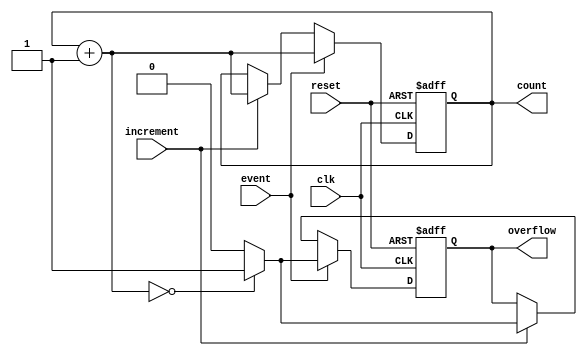
module EventCounter #(parameter WIDTH = 8) (
    input wire clk,                // Clock signal
    input wire reset,              // Asynchronous reset signal
    input wire increment,          // Increment signal
    input wire event,              // Event signal to increment the counter
    output reg [WIDTH-1:0] count,  // Current count value
    output reg overflow            // Overflow flag
);

    // Internal signals
    reg [WIDTH-1:0] next_count;

    // Asynchronous reset and counter logic
    always @(posedge clk or posedge reset) begin
        if (reset) begin
            count <= 0;
            overflow <= 0;
        end else begin
            if (increment) begin
                // Increment the count if the increment signal is high
                next_count = count + 1;
                
                // Check for overflow
                if (next_count == 0) begin
                    overflow <= 1; // Set overflow flag
                end else begin
                    overflow <= 0; // Clear overflow flag
                end
                
                count <= next_count; // Update count
            end
            
            // Increment on event (rising edge detection)
            if (event) begin
                next_count = count + 1;

                // Check for overflow
                if (next_count == 0) begin
                    overflow <= 1; // Set overflow flag
                end else begin
                    overflow <= 0; // Clear overflow flag
                end
                
                count <= next_count; // Update count
            end
        end
    end

endmodule